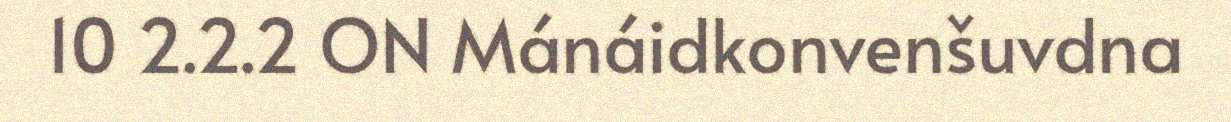
10 2.2.2 ON Mánáidkonvenšuvdna